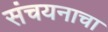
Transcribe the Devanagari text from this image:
संचयनाचा